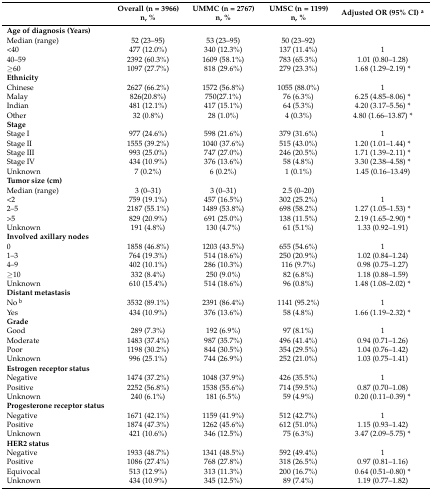
<table><thead><tr><td></td><td><b>Overall (n = 3966) n, %</b></td><td><b>UMMC (n = 2767) n, %</b></td><td><b>UMSC (n = 1199) n, %</b></td><td><b>Adjusted OR (95% CI) <sup>a</sup></b></td></tr></thead><tbody><tr><td><b>Age of diagnosis (Years)</b></td><td></td><td></td><td></td><td></td></tr><tr><td>Median (range)</td><td>52 (23–95)</td><td>53 (23–95)</td><td>50 (23–92)</td><td></td></tr><tr><td>&lt;40</td><td>477 (12.0%)</td><td>340 (12.3%)</td><td>137 (11.4%)</td><td>1</td></tr><tr><td>40–59</td><td>2392 (60.3%)</td><td>1609 (58.1%)</td><td>783 (65.3%)</td><td>1.01 (0.80–1.28)</td></tr><tr><td>≥60</td><td>1097 (27.7%)</td><td>818 (29.6%)</td><td>279 (23.3%)</td><td>1.68 (1.29–2.19) *</td></tr><tr><td><b>Ethnicity</b></td><td></td><td></td><td></td><td></td></tr><tr><td>Chinese</td><td>2627 (66.2%)</td><td>1572 (56.8%)</td><td>1055 (88.0%)</td><td>1</td></tr><tr><td>Malay</td><td>826(20.8%)</td><td>750(27.1%)</td><td>76 (6.3%)</td><td>6.25 (4.85–8.06) *</td></tr><tr><td>Indian</td><td>481 (12.1%)</td><td>417 (15.1%)</td><td>64 (5.3%)</td><td>4.20 (3.17–5.56) *</td></tr><tr><td>Other</td><td>32 (0.8%)</td><td>28 (1.0%)</td><td>4 (0.3%)</td><td>4.80 (1.66–13.87) *</td></tr><tr><td><b>Stage</b></td><td></td><td></td><td></td><td></td></tr><tr><td>Stage I</td><td>977 (24.6%)</td><td>598 (21.6%)</td><td>379 (31.6%)</td><td>1</td></tr><tr><td>Stage II</td><td>1555 (39.2%)</td><td>1040 (37.6%)</td><td>515 (43.0%)</td><td>1.20 (1.01–1.44) *</td></tr><tr><td>Stage III</td><td>993 (25.0%)</td><td>747 (27.0%)</td><td>246 (20.5%)</td><td>1.71 (1.39–2.11) *</td></tr><tr><td>Stage IV</td><td>434 (10.9%)</td><td>376 (13.6%)</td><td>58 (4.8%)</td><td>3.30 (2.38–4.58) *</td></tr><tr><td>Unknown</td><td>7 (0.2%)</td><td>6 (0.2%)</td><td>1 (0.1%)</td><td>1.45 (0.16–13.49)</td></tr><tr><td><b>Tumor size (cm)</b></td><td></td><td></td><td></td><td></td></tr><tr><td>Median (range)</td><td>3 (0–31)</td><td>3 (0–31)</td><td>2.5 (0–20)</td><td></td></tr><tr><td>&lt;2</td><td>759 (19.1%)</td><td>457 (16.5%)</td><td>302 (25.2%)</td><td>1</td></tr><tr><td>2–5</td><td>2187 (55.1%)</td><td>1489 (53.8%)</td><td>698 (58.2%)</td><td>1.27 (1.05–1.53) *</td></tr><tr><td>&gt;5</td><td>829 (20.9%)</td><td>691 (25.0%)</td><td>138 (11.5%)</td><td>2.19 (1.65–2.90) *</td></tr><tr><td>Unknown</td><td>191 (4.8%)</td><td>130 (4.7%)</td><td>61 (5.1%)</td><td>1.33 (0.92–1.91)</td></tr><tr><td><b>Involved axillary nodes</b></td><td></td><td></td><td></td><td></td></tr><tr><td>0</td><td>1858 (46.8%)</td><td>1203 (43.5%)</td><td>655 (54.6%)</td><td>1</td></tr><tr><td>1–3</td><td>764 (19.3%)</td><td>514 (18.6%)</td><td>250 (20.9%)</td><td>1.02 (0.84–1.24)</td></tr><tr><td>4–9</td><td>402 (10.1%)</td><td>286 (10.3%)</td><td>116 (9.7%)</td><td>0.98 (0.75–1.27)</td></tr><tr><td>≥10</td><td>332 (8.4%)</td><td>250 (9.0%)</td><td>82 (6.8%)</td><td>1.18 (0.88–1.59)</td></tr><tr><td>Unknown</td><td>610 (15.4%)</td><td>514 (18.6%)</td><td>96 (0.8%)</td><td>1.48 (1.08–2.02) *</td></tr><tr><td><b>Distant metastasis</b></td><td></td><td></td><td></td><td></td></tr><tr><td>No <sup>b</sup></td><td>3532 (89.1%)</td><td>2391 (86.4%)</td><td>1141 (95.2%)</td><td>1</td></tr><tr><td>Yes</td><td>434 (10.9%)</td><td>376 (13.6%)</td><td>58 (4.8%)</td><td>1.66 (1.19–2.32) *</td></tr><tr><td><b>Grade</b></td><td></td><td></td><td></td><td></td></tr><tr><td>Good</td><td>289 (7.3%)</td><td>192 (6.9%)</td><td>97 (8.1%)</td><td>1</td></tr><tr><td>Moderate</td><td>1483 (37.4%)</td><td>987 (35.7%)</td><td>496 (41.4%)</td><td>0.94 (0.71–1.26)</td></tr><tr><td>Poor</td><td>1198 (30.2%)</td><td>844 (30.5%)</td><td>354 (29.5%)</td><td>1.04 (0.76–1.42)</td></tr><tr><td>Unknown</td><td>996 (25.1%)</td><td>744 (26.9%)</td><td>252 (21.0%)</td><td>1.03 (0.75–1.41)</td></tr><tr><td><b>Estrogen receptor status</b></td><td></td><td></td><td></td><td></td></tr><tr><td>Negative</td><td>1474 (37.2%)</td><td>1048 (37.9%)</td><td>426 (35.5%)</td><td>1</td></tr><tr><td>Positive</td><td>2252 (56.8%)</td><td>1538 (55.6%)</td><td>714 (59.5%)</td><td>0.87 (0.70–1.08)</td></tr><tr><td>Unknown</td><td>240 (6.1%)</td><td>181 (6.5%)</td><td>59 (4.9%)</td><td>0.20 (0.11–0.39) *</td></tr><tr><td><b>Progesterone receptor status</b></td><td></td><td></td><td></td><td></td></tr><tr><td>Negative</td><td>1671 (42.1%)</td><td>1159 (41.9%)</td><td>512 (42.7%)</td><td>1</td></tr><tr><td>Positive</td><td>1874 (47.3%)</td><td>1262 (45.6%)</td><td>612 (51.0%)</td><td>1.15 (0.93–1.42)</td></tr><tr><td>Unknown</td><td>421 (10.6%)</td><td>346 (12.5%)</td><td>75 (6.3%)</td><td>3.47 (2.09–5.75) *</td></tr><tr><td><b>HER2 status</b></td><td></td><td></td><td></td><td></td></tr><tr><td>Negative</td><td>1933 (48.7%)</td><td>1341 (48.5%)</td><td>592 (49.4%)</td><td>1</td></tr><tr><td>Positive</td><td>1086 (27.4%)</td><td>768 (27.8%)</td><td>318 (26.5%)</td><td>0.97 (0.81–1.16)</td></tr><tr><td>Equivocal</td><td>513 (12.9%)</td><td>313 (11.3%)</td><td>200 (16.7%)</td><td>0.64 (0.51–0.80) *</td></tr><tr><td>Unknown</td><td>434 (10.9%)</td><td>345 (12.5%)</td><td>89 (7.4%)</td><td>1.19 (0.77–1.82)</td></tr></tbody></table>